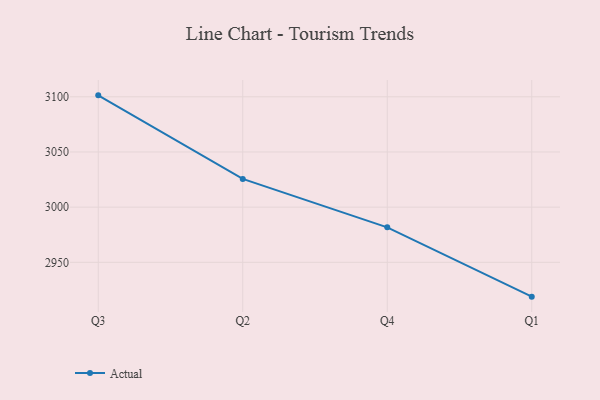
{"axis": {"x": "Quarter", "y": "Net Income (USD K)"}, "legend": ["Actual"], "data": [{"x": "Q3", "y": 3101.3, "type": "Actual"}, {"x": "Q2", "y": 3025.6, "type": "Actual"}, {"x": "Q4", "y": 2981.7, "type": "Actual"}, {"x": "Q1", "y": 2918.9, "type": "Actual"}]}